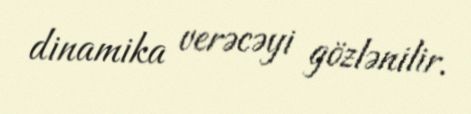
dinamika verəcəyi gözlənilir.